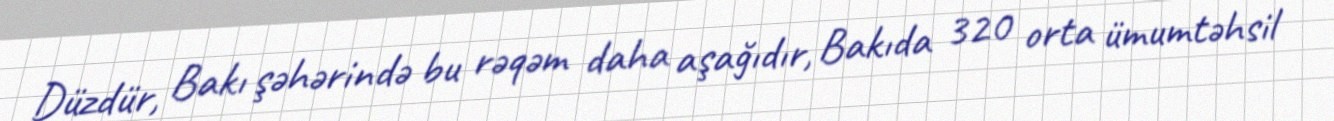
Düzdür, Bakı şəhərində bu rəqəm daha aşağıdır, Bakıda 320 orta ümumtəhsil